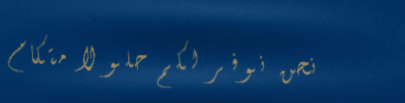
نحن نوفر لكم حلولاً متكام